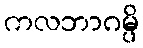
ကလဘာဂမ္ပိ